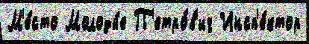
М'е́сто Молоды́е П'етро́в'ич Инсп'е́ктор